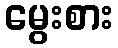
မွေးစား